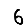
Digit: 6